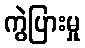
ကွဲပြားမှု